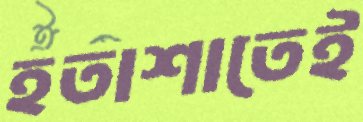
হতাশাতেই